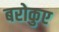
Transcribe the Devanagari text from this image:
बरोकुए